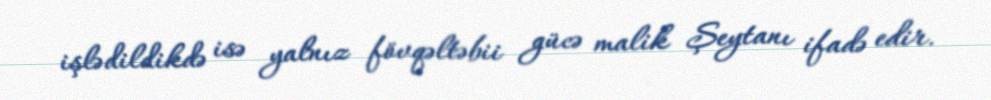
işlədildikdə isə yalnız fövqəltəbii gücə malik Şeytanı ifadə edir.